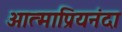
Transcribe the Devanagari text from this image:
आत्माप्रियनंदा